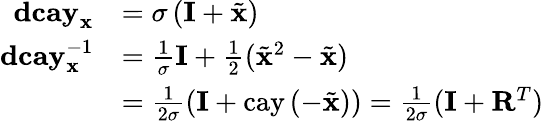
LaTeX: \begin{array}{rl}{\mathbf{dcay}_{\mathbf{x}}}&{=\sigma\left(\mathbf{I}+\tilde{\mathbf{x}}\right)}\\ {\mathbf{dcay}_{\mathbf{x}}^{-1}}&{=\frac{1}{\sigma}\mathbf{I}+\frac{1}{2}(\tilde{\mathbf{x}}^{2}-\tilde{\mathbf{x}})}\\ &{=\frac{1}{2\sigma}\left(\mathbf{I}+\mathrm{cay}\left(-\tilde{\mathbf{x}}\right)\right)=\frac{1}{2\sigma}(\mathbf{I}+\mathbf{R}^{T})}\end{array}